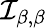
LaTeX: {\mathcal{I}}_{\beta,\beta}